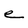
Character: e